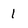
Character: 1